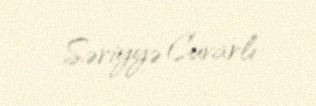
Səriyyə Cuvarlı